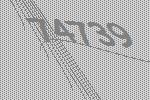
74739